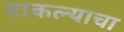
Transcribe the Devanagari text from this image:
टाकल्याचा